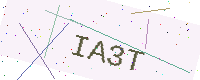
Text: IA3T